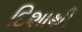
દિશાથી